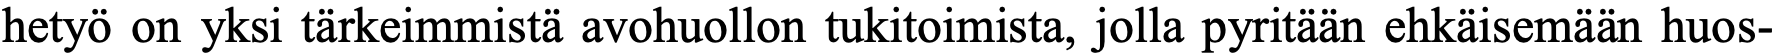
hetyö on yksi tärkeimmistä avohuollon tukitoimista, jolla pyritään ehkäisemään huos-